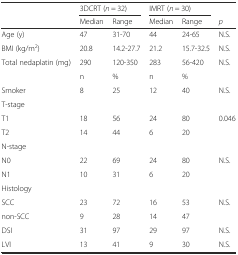
<table><thead><tr><td></td><td colspan="2"><b>3DCRT (<i>n</i> = 32)</b></td><td colspan="2"><b>IMRT (<i>n</i> = 30)</b></td><td></td></tr><tr><td></td><td><b>Median</b></td><td><b>Range</b></td><td><b>Median</b></td><td><b>Range</b></td><td><b><i>p</i></b></td></tr></thead><tbody><tr><td>Age (y)</td><td>47</td><td>31-70</td><td>44</td><td>24-65</td><td>N.S.</td></tr><tr><td>BMI (kg/m<sup>2</sup>)</td><td>20.8</td><td>14.2-27.7</td><td>21.2</td><td>15.7-32.5</td><td>N.S.</td></tr><tr><td>Total nedaplatin (mg)</td><td>290</td><td>120-350</td><td>283</td><td>56-420</td><td>N.S.</td></tr><tr><td></td><td>n</td><td>%</td><td>n</td><td>%</td><td></td></tr><tr><td>Smoker</td><td>8</td><td>25</td><td>12</td><td>40</td><td>N.S.</td></tr><tr><td colspan="6">T-stage</td></tr><tr><td>T1</td><td>18</td><td>56</td><td>24</td><td>80</td><td rowspan="2">0.046</td></tr><tr><td>T2</td><td>14</td><td>44</td><td>6</td><td>20</td></tr><tr><td colspan="6">N-stage</td></tr><tr><td>N0</td><td>22</td><td>69</td><td>24</td><td>80</td><td rowspan="2">N.S.</td></tr><tr><td>N1</td><td>10</td><td>31</td><td>6</td><td>20</td></tr><tr><td colspan="6">Histology</td></tr><tr><td>SCC</td><td>23</td><td>72</td><td>16</td><td>53</td><td rowspan="2">N.S.</td></tr><tr><td>non-SCC</td><td>9</td><td>28</td><td>14</td><td>47</td></tr><tr><td>DSI</td><td>31</td><td>97</td><td>29</td><td>97</td><td>N.S.</td></tr><tr><td>LVI</td><td>13</td><td>41</td><td>9</td><td>30</td><td>N.S.</td></tr></tbody></table>